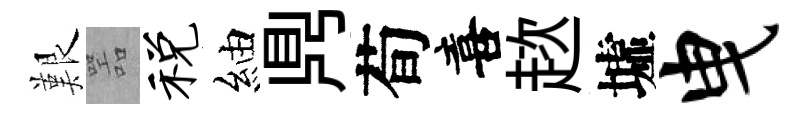
艱噐税紬𪔂荀喜趑墟曳